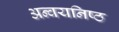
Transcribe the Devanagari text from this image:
अन्वयनिष्ठ